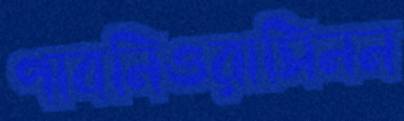
পাবনিওরাসিনন